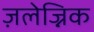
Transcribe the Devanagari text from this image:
ज़लेज्निक